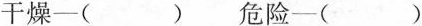
干燥-( ) 危险-( )